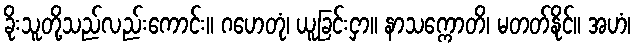
ခိုးသူတို့သည်လည်းကောင်း။ ဂဟေတုံ၊ ယူခြင်းငှာ။ နာသက္ကောတိ၊ မတတ်နိုင်။ အဟံ၊